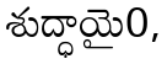
శుద్ధాయై0,